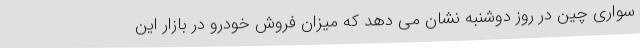
سواری چین در روز دوشنبه نشان می دهد که میزان فروش خودرو در بازار این